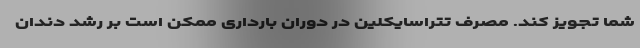
شما تجویز کند. مصرف تتراسایکلین در دوران بارداری ممکن است بر رشد دندان